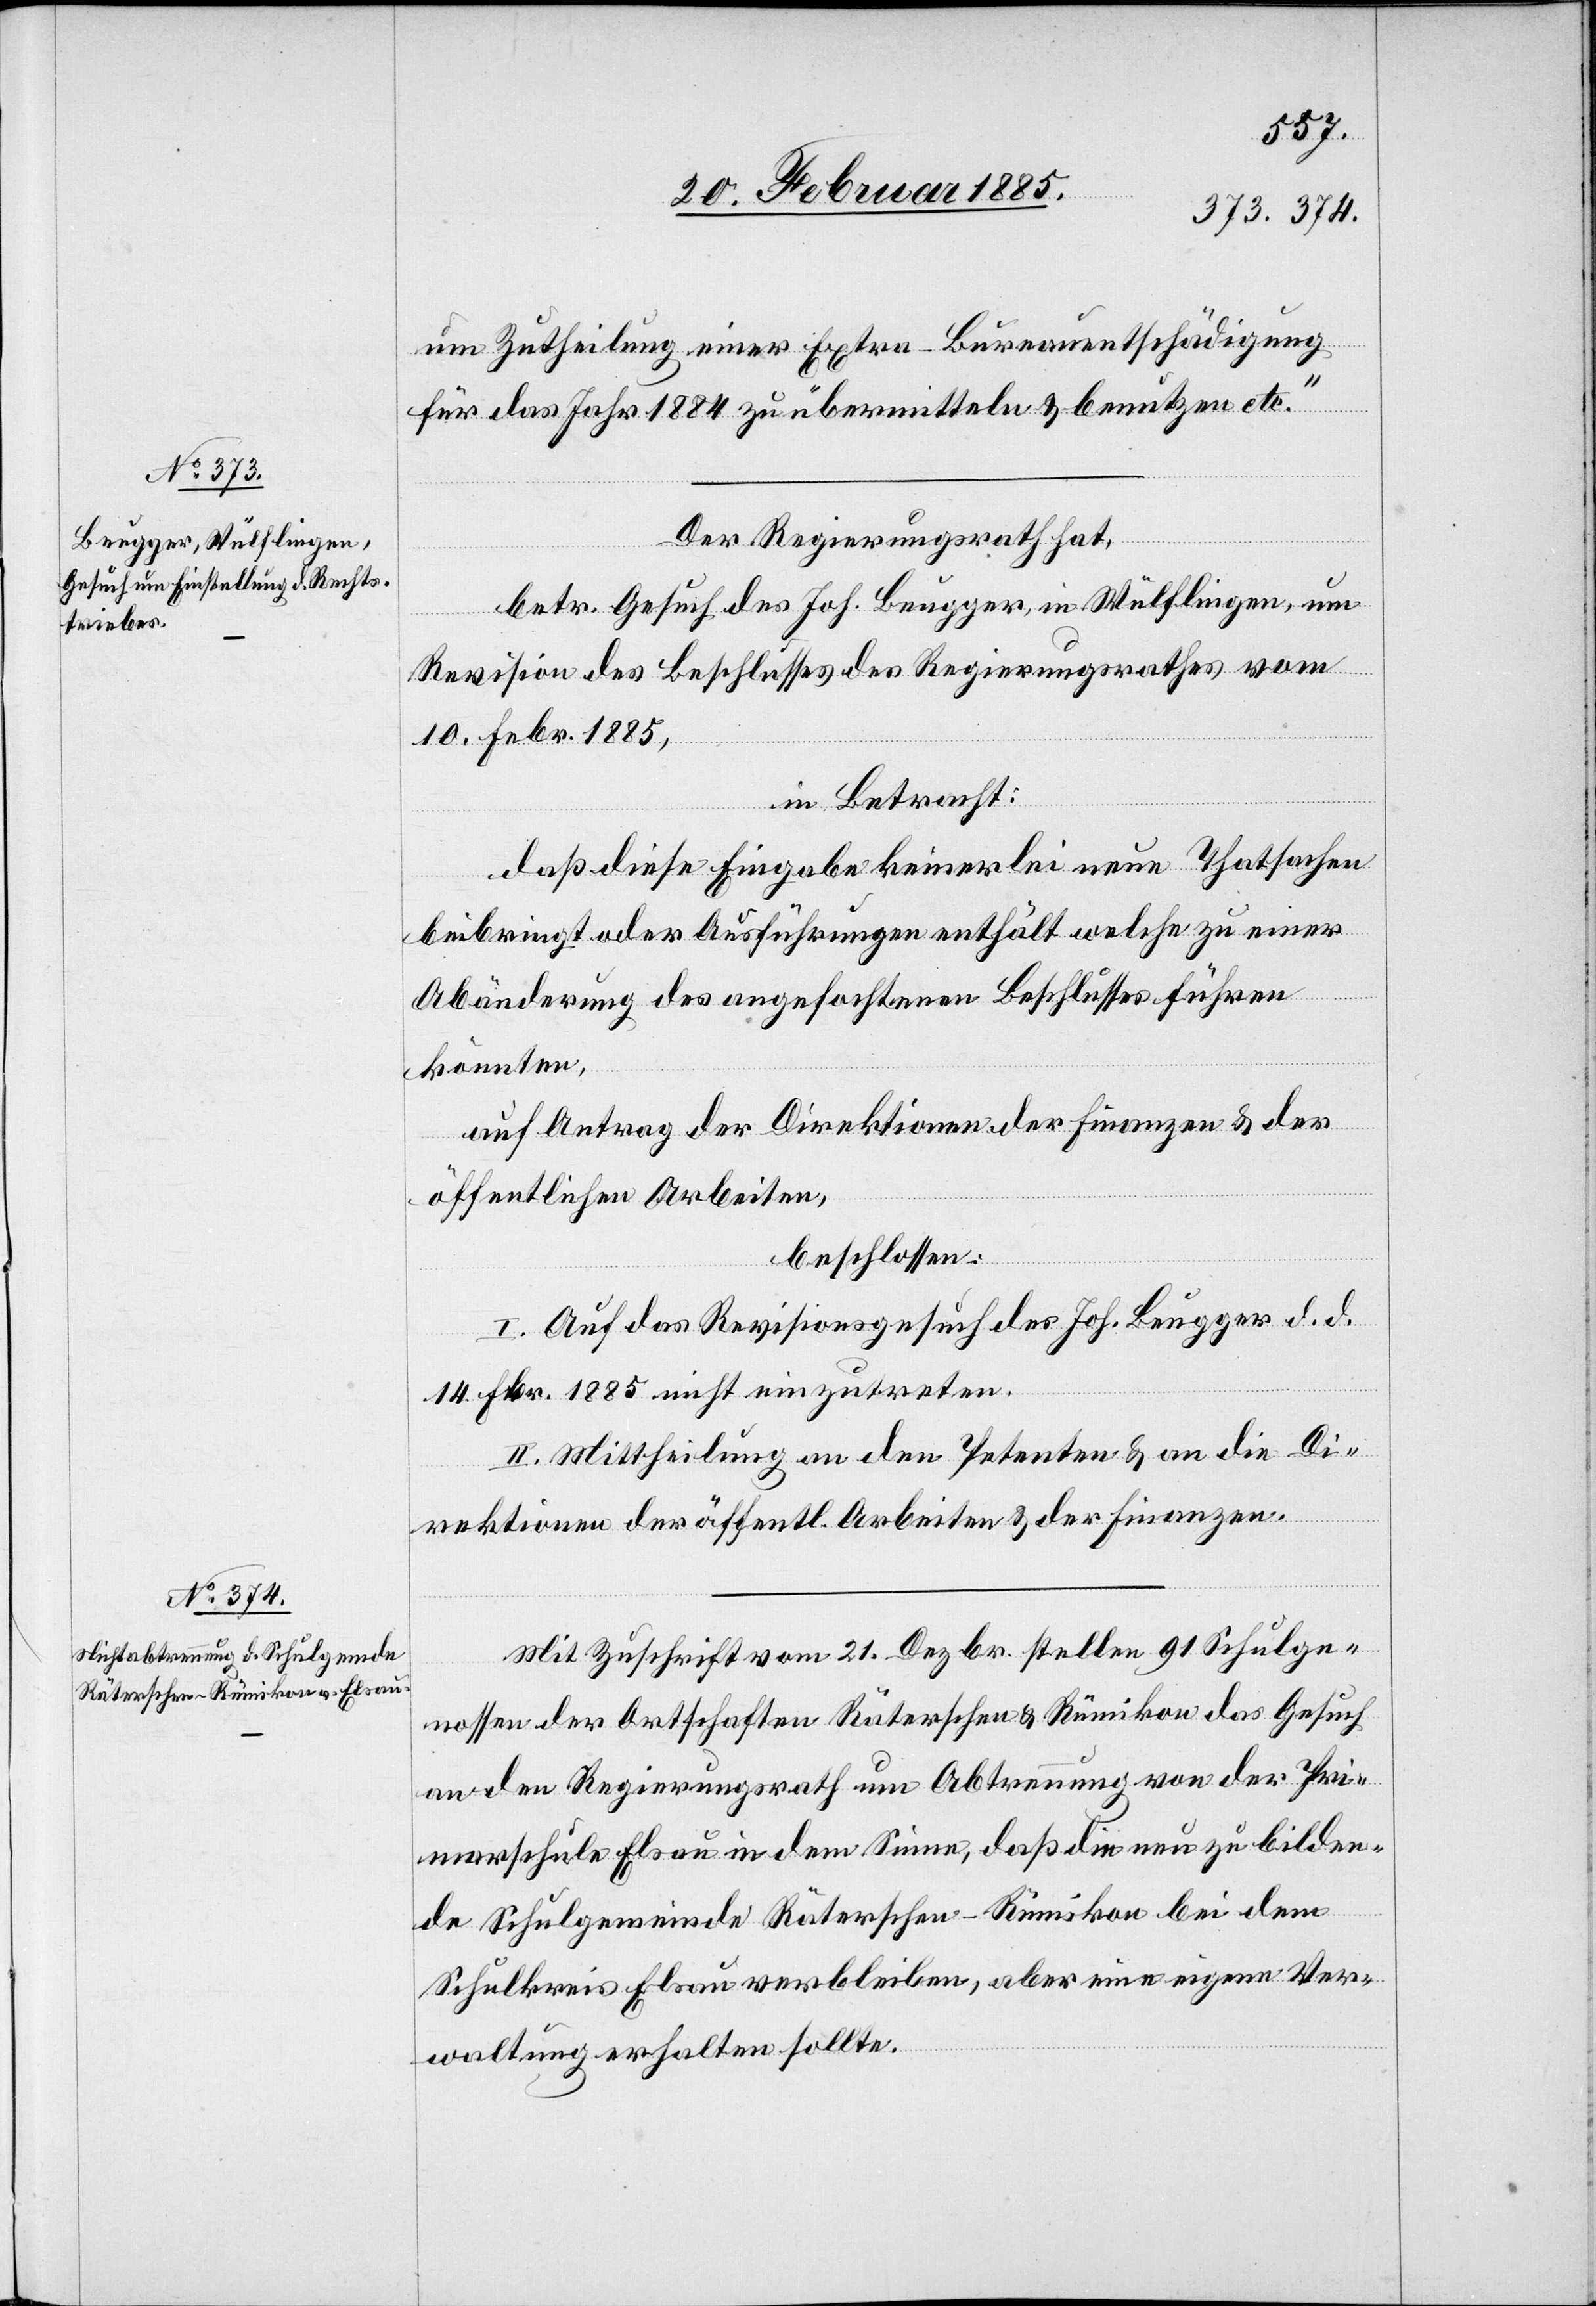
um Zutheilung einer Extra-Bureauentschädigung
für das Jahr 1884 zu übermitteln & benutzen etc.“
Der Regierungsrath hat,
betr. Gesuch des Joh. Beugger, in Wülflingen, um
Revision des Beschlusses des Regierungsrathes vom
10. Febr. 1885,
in Betracht:
daß diese Eingabe keinerlei neue Thatsachen
beibringt oder Ausführungen enthält welche zu einer
Abänderung des angefochtenen Beschlusses führen
könnten,
auf Antrag der Direktionen der Finanzen & der
öffentlichen Arbeiten,
beschlossen:
I. Auf das Revisionsgesuch des Joh. Beugger d. d.
14. Fbr. 1885 nicht einzutreten.
II. Mittheilung an den Petenten & an die Di¬
rektionen der öffentlichen Arbeiten & der Finanzen.
Mit Zuschrift vom 21. Dezbr. stellten 91 Schulge¬
nossen der Ortschaften Räterschen & Rümikon das Gesuch
an den Regierungsrath um Abtrennung von der Pri¬
marschule Elsau in dem Sinne, daß die neu zu bilden¬
de Schulgemeinde Räterschen-Rümikon bei dem
Schulkreis Elsau verbleiben, aber eine eigene Ver¬
waltung erhalten sollte.